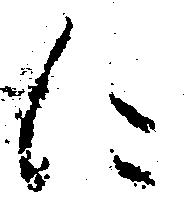
に